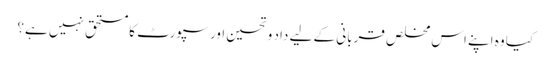
کیا وہ اپنے اس مخلص قربانی کے لیے داد و تحسین اور سپورٹ کا مستحق نہیں ہے؟